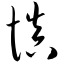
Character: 慎